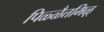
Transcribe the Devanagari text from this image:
पिळ्ळैत्तमिऴ्